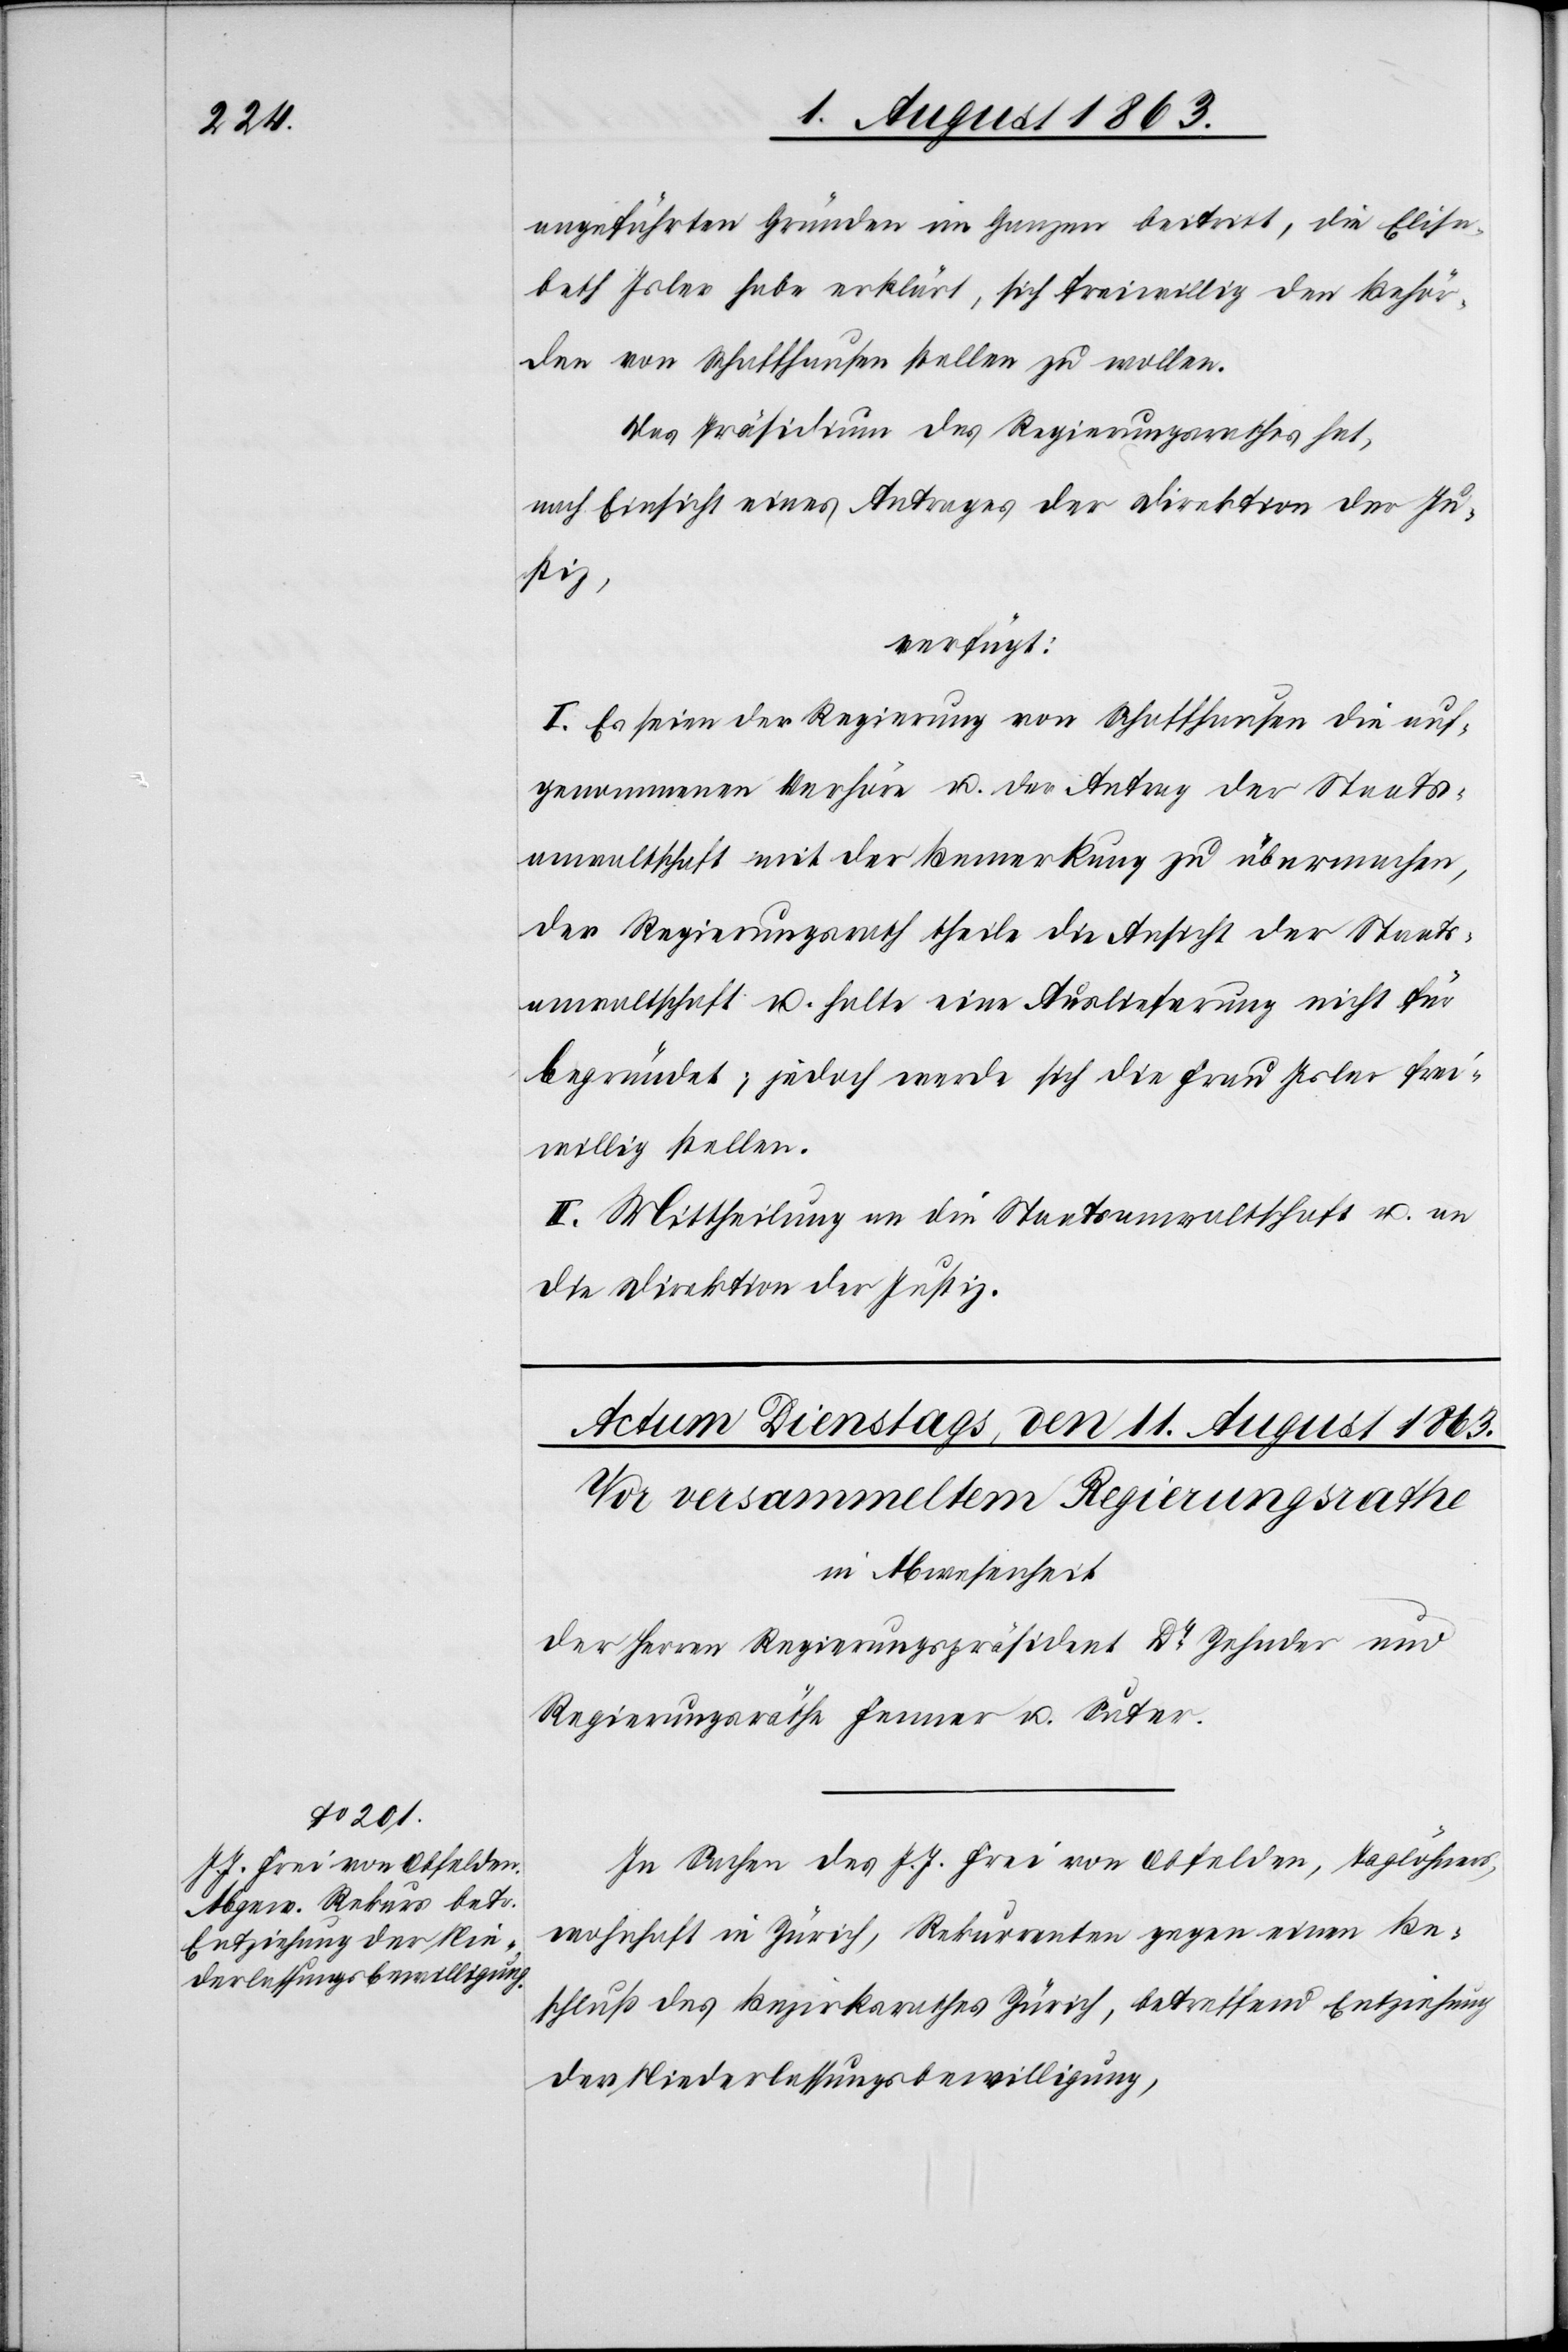
angeführten Gründen im Ganzen beitritt, die Elisa¬
beth Isler habe erklärt, sich freiwillig den Behör¬
den von Schaffhausen stellen zu wollen.
Das Präsidium des Regierungsrathes hat,
nach Einsicht eines Antrages der Direktion der Ju¬
stiz,
verfügt:
I. Es seien der Regierung von Schaffhausen die auf¬
genommenen Verhöre u. der Antrag der Staats¬
anwaltschaft mit der Bemerkung zu übermachen,
der Regierungsrath theile die Ansicht der Staats¬
anwaltschaft u. halte eine Auslieferung nicht für
begründet; jedoch werde sich die Frau Isler frei¬
willig stellen.
II. Mittheilung an die Staatsanwaltschaft u. an
die Direktion der Justiz.
In Sachen des J. J. Frei von Obfelden, Taglöhners,
wohnhaft in Zürich, Rekurrenten gegen einen Be¬
schluß des Bezirksrathes Zürich, betreffend Entziehung
der Niederlassungsbewilligung,